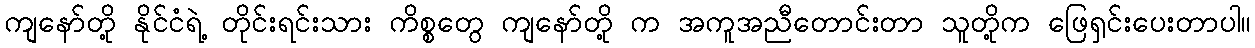
ကျနော်တို့ နိုင်ငံရဲ့ တိုင်းရင်းသား ကိစ္စတွေ ကျနော်တို့ က အကူအညီတောင်းတာ သူတို့က ဖြေရှင်းပေးတာပါ။